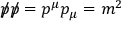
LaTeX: { p \! \! \! / } { p \! \! \! / } = p ^ { \mu } p _ { \mu } = m ^ { 2 }